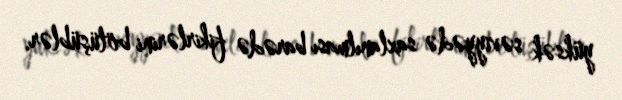
yüksək səviyyədə saxlanılması barədə fikirlərini bölüşüblər.